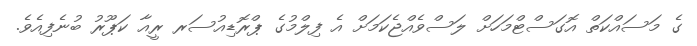
ގެ މަސައްކަތް އޮގަސްޓްމަހަށް ލަސްވެއްޖެކަމަށް އެ ފިލްމުގެ ޕްރޮޑިއުސަރ ރީއާ ކަޕޫރު ބުނެފިއެވެ.